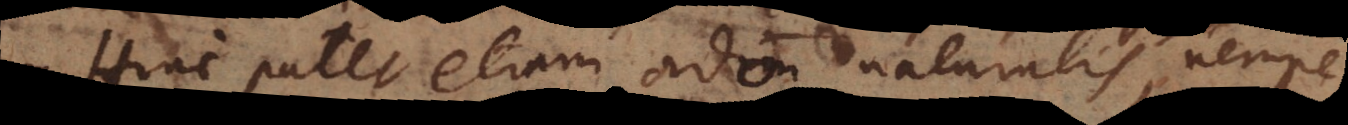
Hinc patet etiam ordo naturalis, nempe